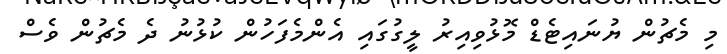
މި މެޗުން ޔުނައިޓެޑް މޮޅުވިއިރު ލީގުގައި އެންމެފަހުން ކުޅުނު ދެ މެޗުން ވެސް